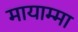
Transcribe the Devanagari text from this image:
मायाम्मा